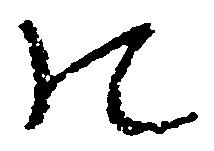
の